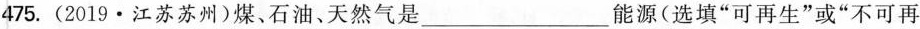
475.(2019·江苏苏州)煤、石油、天然气是_____能源(选填”可再生”或”不可再